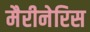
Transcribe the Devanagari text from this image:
मैरीनेरिस